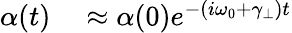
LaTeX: \begin{array}{rl}{\alpha(t)}&{{}\approx\alpha(0)e^{-(i\omega_{0}+\gamma_{\perp})t}}\end{array}